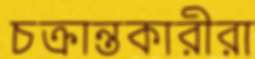
চক্রান্তকারীরা